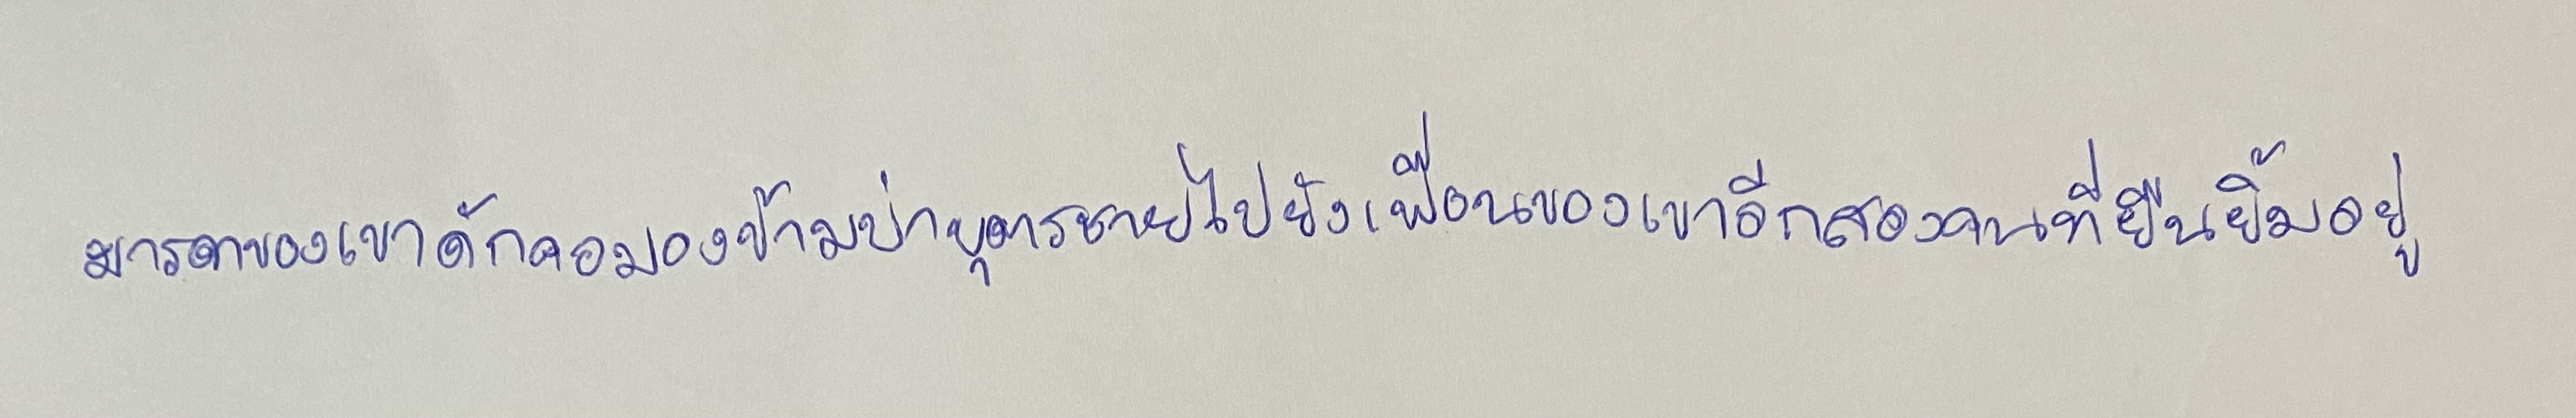
มารดาของเขาดักคอมองข้ามบ่าบุตรชายไปยังเพื่อนของเขาอีกสองคนที่ยืนยิ้มอยู่